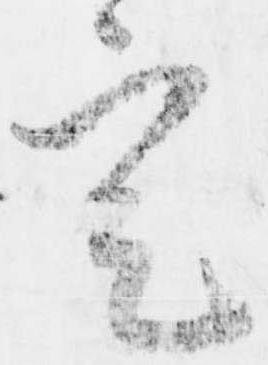
定